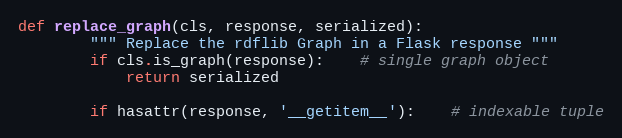
Language: Python
def replace_graph(cls, response, serialized):
		""" Replace the rdflib Graph in a Flask response """
		if cls.is_graph(response):	# single graph object
			return serialized

		if hasattr(response, '__getitem__'):	# indexable tuple